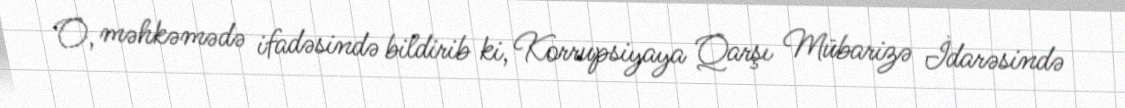
O, məhkəmədə ifadəsində bildirib ki, Korrupsiyaya Qarşı Mübarizə İdarəsində